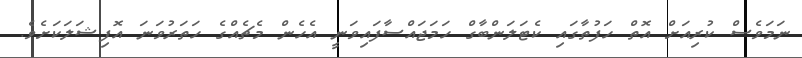
ނަމަވެސް ކުރިއަށް އޮތް ހަފުތާގައި ކެޓަލަންބާގް ހަމަޖައްސާފައިވަނީ އެހެން މެޗެއްގެ ހަތަރުވަނަ އޮފިޝަލަކަށެވެ.